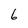
Character: 6